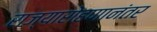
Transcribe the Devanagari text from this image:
राज्यारोहणानंतर